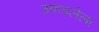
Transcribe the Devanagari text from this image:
उकडलेला